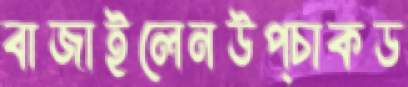
বাজাইলেনউপ্‌চাকড